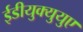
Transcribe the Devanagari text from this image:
ईडीयुक्युयुए